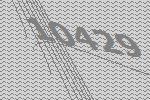
10429